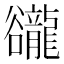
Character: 豅